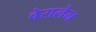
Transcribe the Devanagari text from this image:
वेरालेन